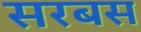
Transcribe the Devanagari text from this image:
सरबस